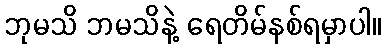
ဘုမသိ ဘမသိနဲ့ ရေတိမ်နစ်ရမှာပါ။